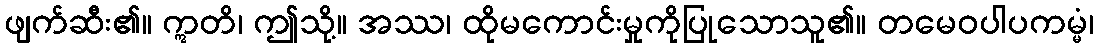
ဖျက်ဆီး၏။ ဣတိ၊ ဤသို့။ အဿ၊ ထိုမကောင်းမှုကိုပြုသောသူ၏။ တမေဝပါပကမ္မံ၊